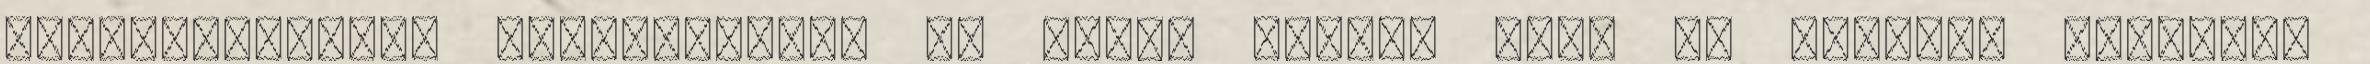
jelenségekkel. Magyarország az egyik utolsó volt az európai országok